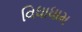
વિધાધામ